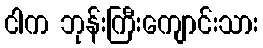
ငါက ဘုန်းကြီးကျောင်းသား